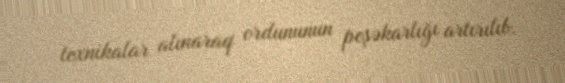
texnikalar alınaraq ordununun peşəkarlığı artırılıb.